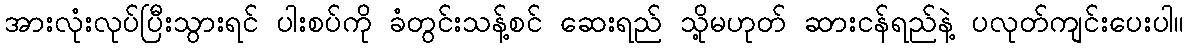
အားလုံးလုပ်ပြီးသွားရင် ပါးစပ်ကို ခံတွင်းသန့်စင် ဆေးရည် သို့မဟုတ် ဆားငန်ရည်နဲ့ ပလုတ်ကျင်းပေးပါ။